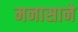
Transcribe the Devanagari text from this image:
मनासाने